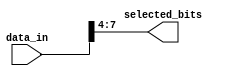
module part_select_example (
    input wire [15:0] data_in,  // 16-bit input vector
    output wire [3:0] selected_bits // 4-bit output for selected bits
);

// Continuous assignment using part select
assign selected_bits = data_in[7:4]; // Selecting bits 7 to 4 from data_in

endmodule